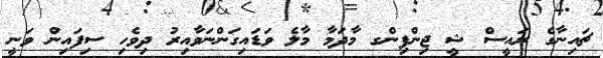
ޗައިނާގެ ރައީސް ޝީ ޖިންޕިންގ މާދަމާ މާލެ ވަޑައިގަންނަވާއިރު ދިވެހި ސިފައިން ވަނީ